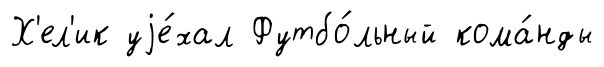
Х'ел'ик уjе́хал Футбо́льный кома́нды